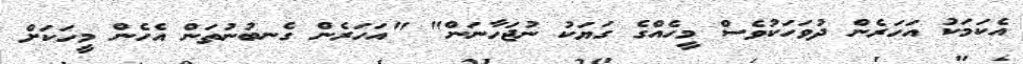
އެކަމަކު އަހަރެން ދުވަހަކުވެސް މީހެއްގެ ގަޔަކު ނުޖަހާނަން" "އަހަރެން ގެނބުނުތަން އެހެން މީހަކަށް